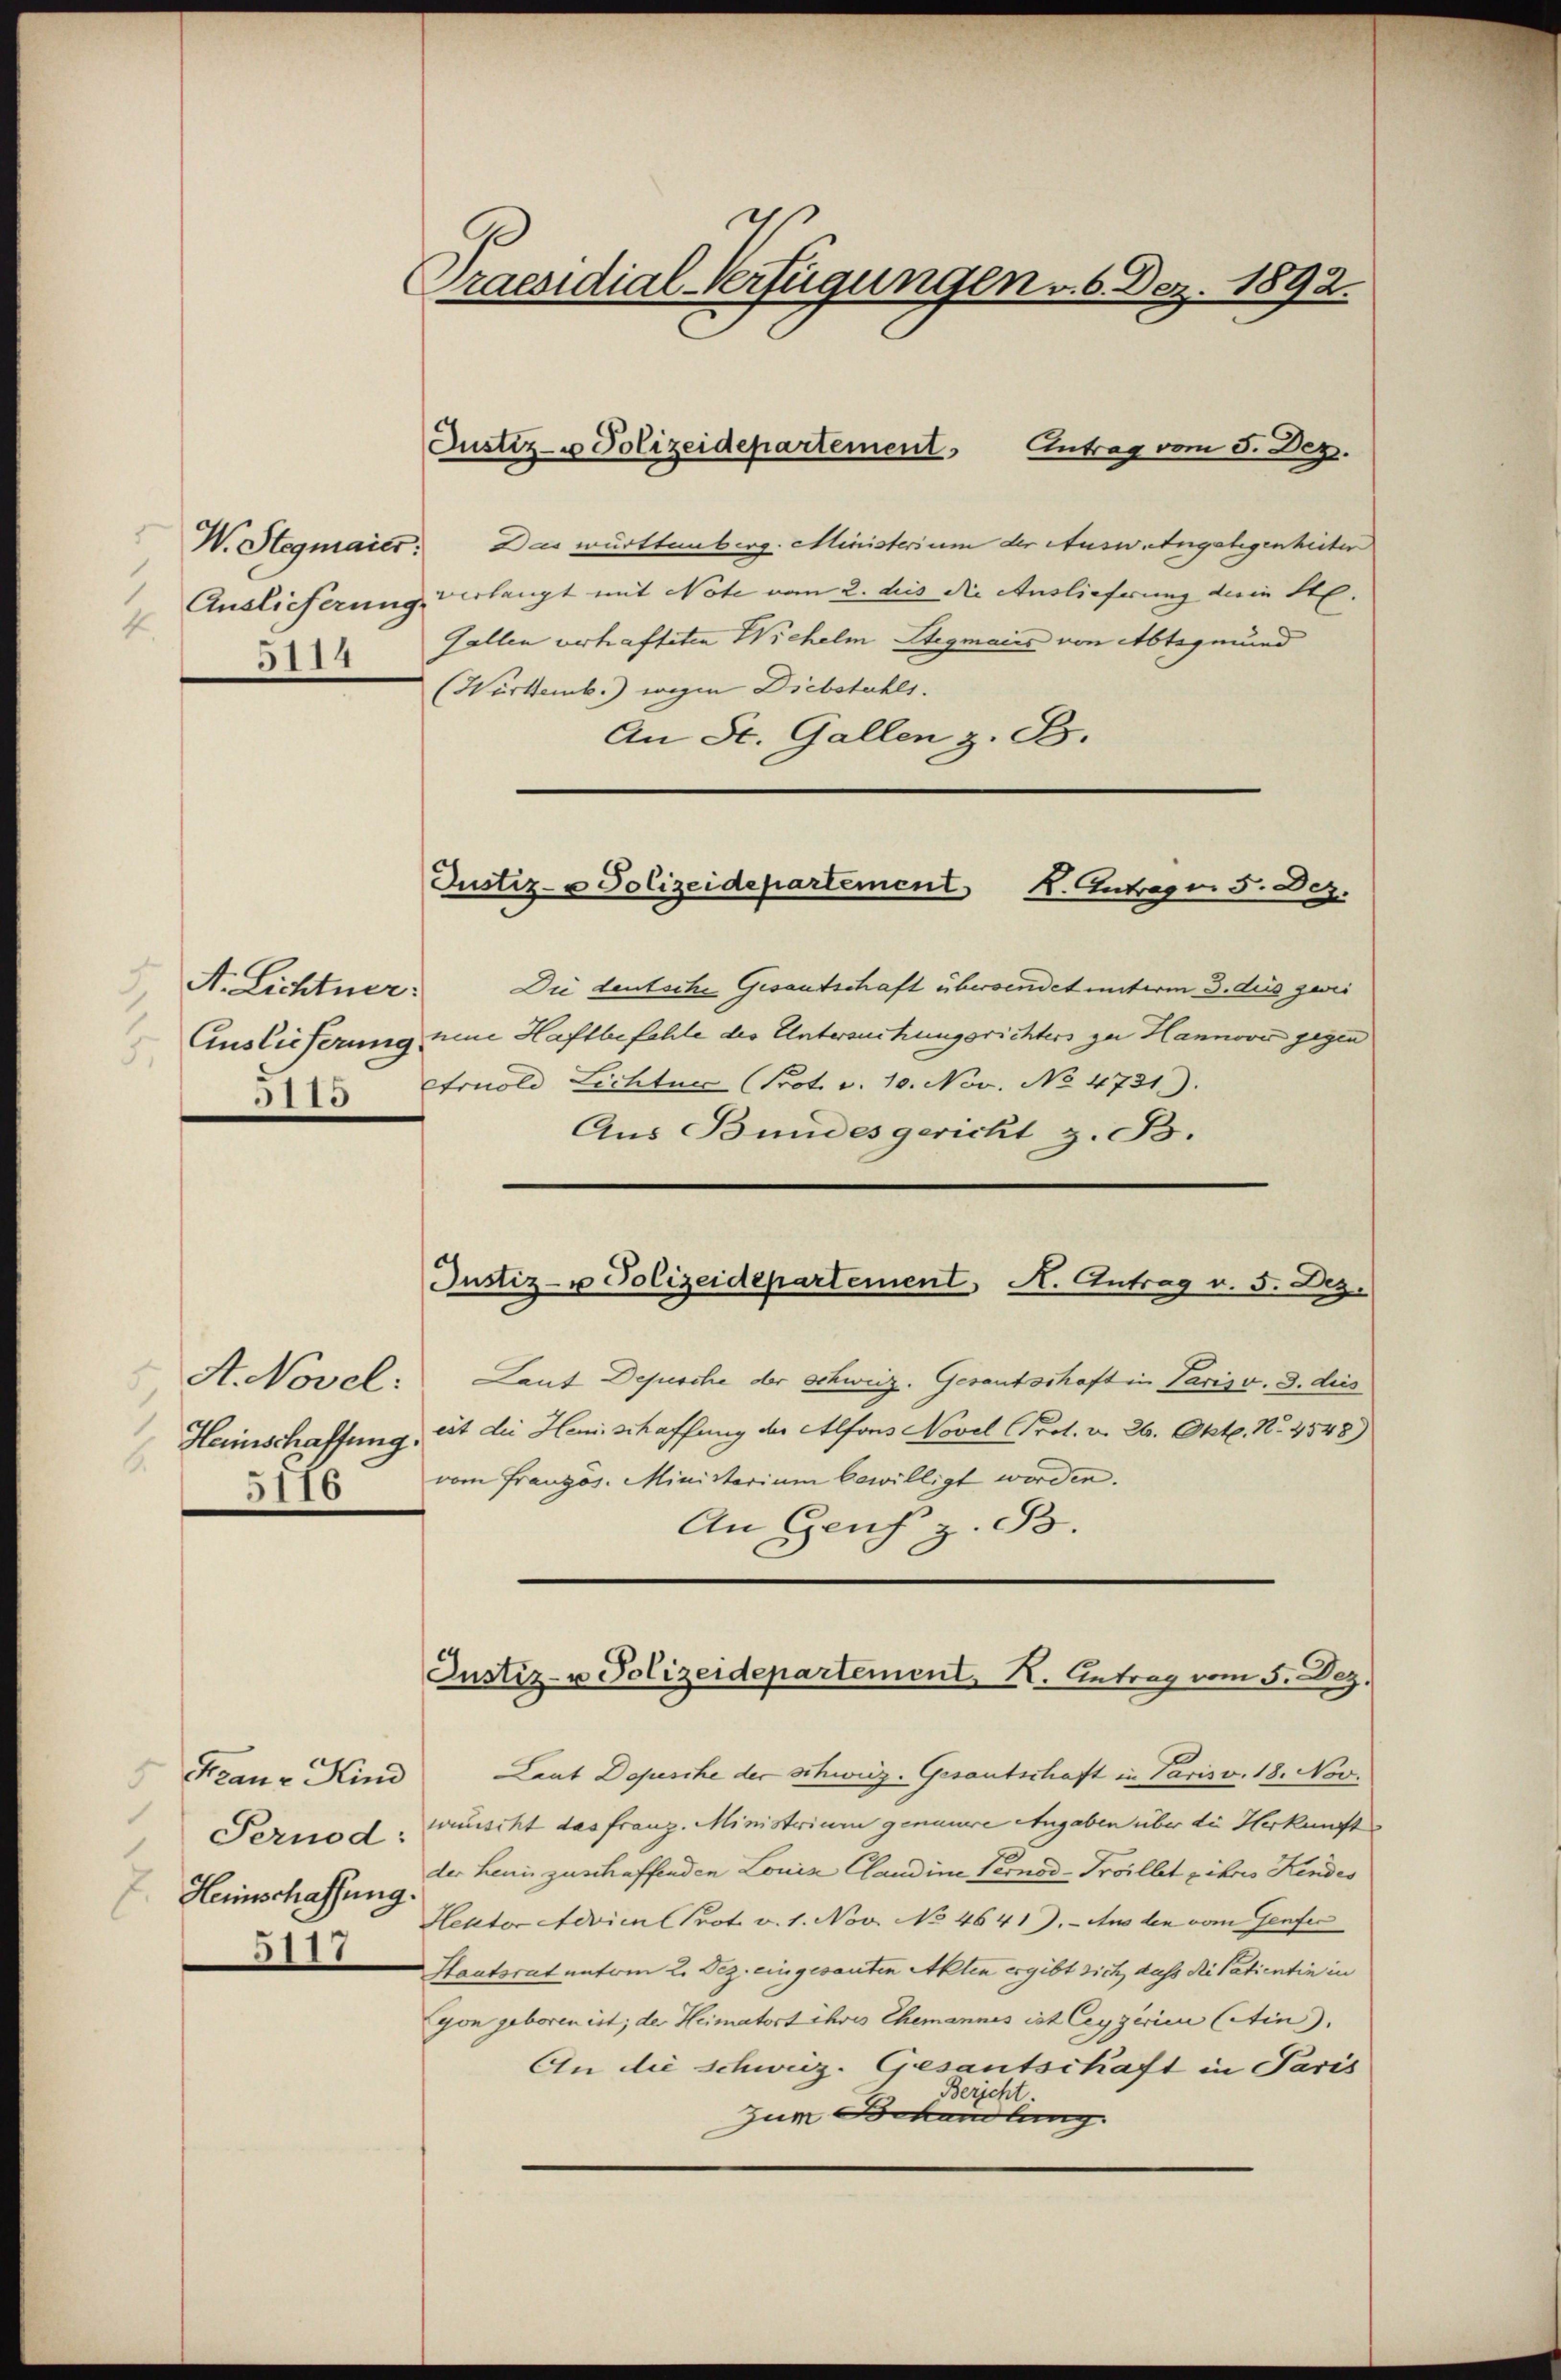
4
5114

A. Lichtner.
3110

A. Novel:
Herinschaffung
5116

e
Praesidial-Verfügungen v. 6. Dez. 1892.

.
Heinschaffung.
5117

W. Stegmaier. Das württemberg. Ministerium der Auswangelegenheiter
Auslieferung verlangt mit Note vom 2. des die Auslieferung dein St.
Fallen verhafteten Wichelm Stegmaies von Abtegmund
(Württemb.) wegen Diebstahls.
An St. Gallen z. B.

Justiz- u Polizeidepartement Antrag vom 5. Dez.

Justiz- u Polizeidepartement K. Antrage 5. Dez.

Die deutsche Gesandtschaft übersendet unterm 3. des zwei
Eiuslieferung eine Haftbefehle des Untersuchungsrichters zu Hannover gegen
Arnold Lichtun (Prot. v. 10. Nov. No 4731).
Aus Bundesgericht z. B.

Justiz- u Polizeidepartement A. Antrag v. 5. Dez.

Laut Depesche der Schweiz. Gesantschaft in Paris v. 3. dies
eit die Hemischaffung der Alfons Novel Prot. v. 26. Okt. No. 4548)
vom Französ. Ministerium bewilligt werden.
An Genf z. B.

Justiz- u Polizeidepartement K. Antrag vom 5. Dez.

Kzanv Kind Laut Depesche der schweiz. Gesantschaft in Paris v. 18. Nov.
Pernod, wünscht das franz. Ministerium genauere Angaben über die Herkunft
der Heim zuschaffenden Louis Claudine Pernod-Proillet pihres Kindes
Heuter Adrian Prot. v. 1. Nov. No 4641). Aus den vom Genfer
Staatsrat unterm 2. Dez. eingesanten Akten ergibt sich, dass die Patientin in
yon geboren ist; der Heimatort ihres Ehemannes ist leggerien (Atin).
An die schweiz. Gesantschaft in Paris
Berje
zum Behandlung